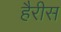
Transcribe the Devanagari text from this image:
हैरीस